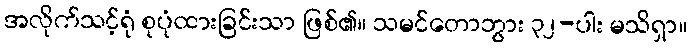
အလိုက်သင့်ရုံ စုပုံထားခြင်းသာ ဖြစ်၏။ သမင်တောဘွား ၃၂-ပါး မသိရှာ။